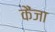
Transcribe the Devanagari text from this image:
कैंजा